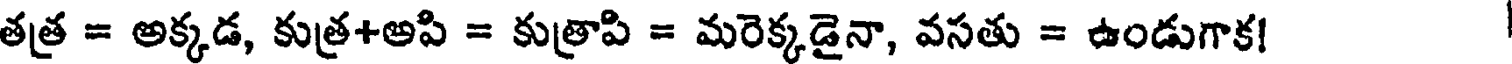
తత్ర = అక్కడ, కుత్ర+అపి = కుత్రాపి = మరెక్కడైనా, వసతు = ఉండుగాక!